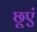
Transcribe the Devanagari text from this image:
छूएं